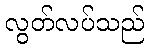
လွတ်လပ်သည်